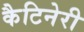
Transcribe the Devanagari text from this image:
कैटिनेरी